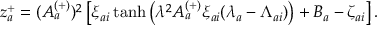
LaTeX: z _ { a } ^ { + } = ( A _ { a } ^ { ( + ) } ) ^ { 2 } \left[ \xi _ { a i } \operatorname { t a n h } \left( \lambda ^ { 2 } A _ { a } ^ { ( + ) } \xi _ { a i } ( \lambda _ { a } - \Lambda _ { a i } ) \right) + B _ { a } - \zeta _ { a i } \right] .